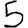
Digit: 5